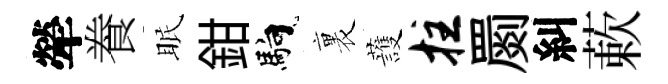
犖飬眠鉗馿裏䕶拄罽糾蔌